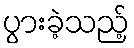
ပွားခဲ့သည့်